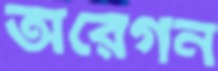
অরেগন